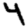
Digit: 4